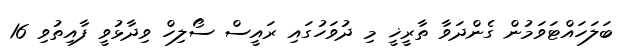
ބަލަހައްޓަވަމުން ގެންދަވާ ތާރީޚީ މި ދުވަހުގައި ރައީސް ސޯލިހް ވިދާޅުވީ ފާއިތުވި 16